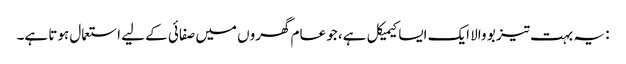
: یہ بہت تیز بو والا ایک ایسا کیمیکل ہے، جو عام گھروں میں صفائی کے لیے استعمال ہوتا ہے۔